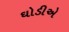
ઘોડીએ